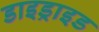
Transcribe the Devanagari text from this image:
डाइड्राइड